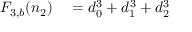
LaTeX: \begin{array} { r l } { F _ { 3 , b } ( n _ { 2 } ) } & { { } = d _ { 0 } ^ { 3 } + d _ { 1 } ^ { 3 } + d _ { 2 } ^ { 3 } } \end{array}